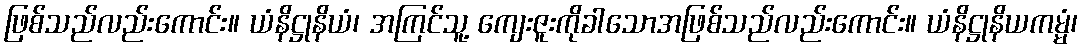
ဖြစ်သည်လည်းကောင်း။ ယံနိဋ္ဌုနိယံ၊ အကြင်သူ့ ကျေးဇူးကိုခါသောအဖြစ်သည်လည်းကောင်း။ ယံနိဋ္ဌုနိယကမ္မံ၊